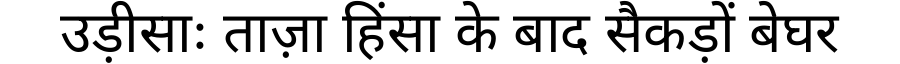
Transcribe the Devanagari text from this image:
उड़ीसाः ताज़ा हिंसा के बाद सैकड़ों बेघर